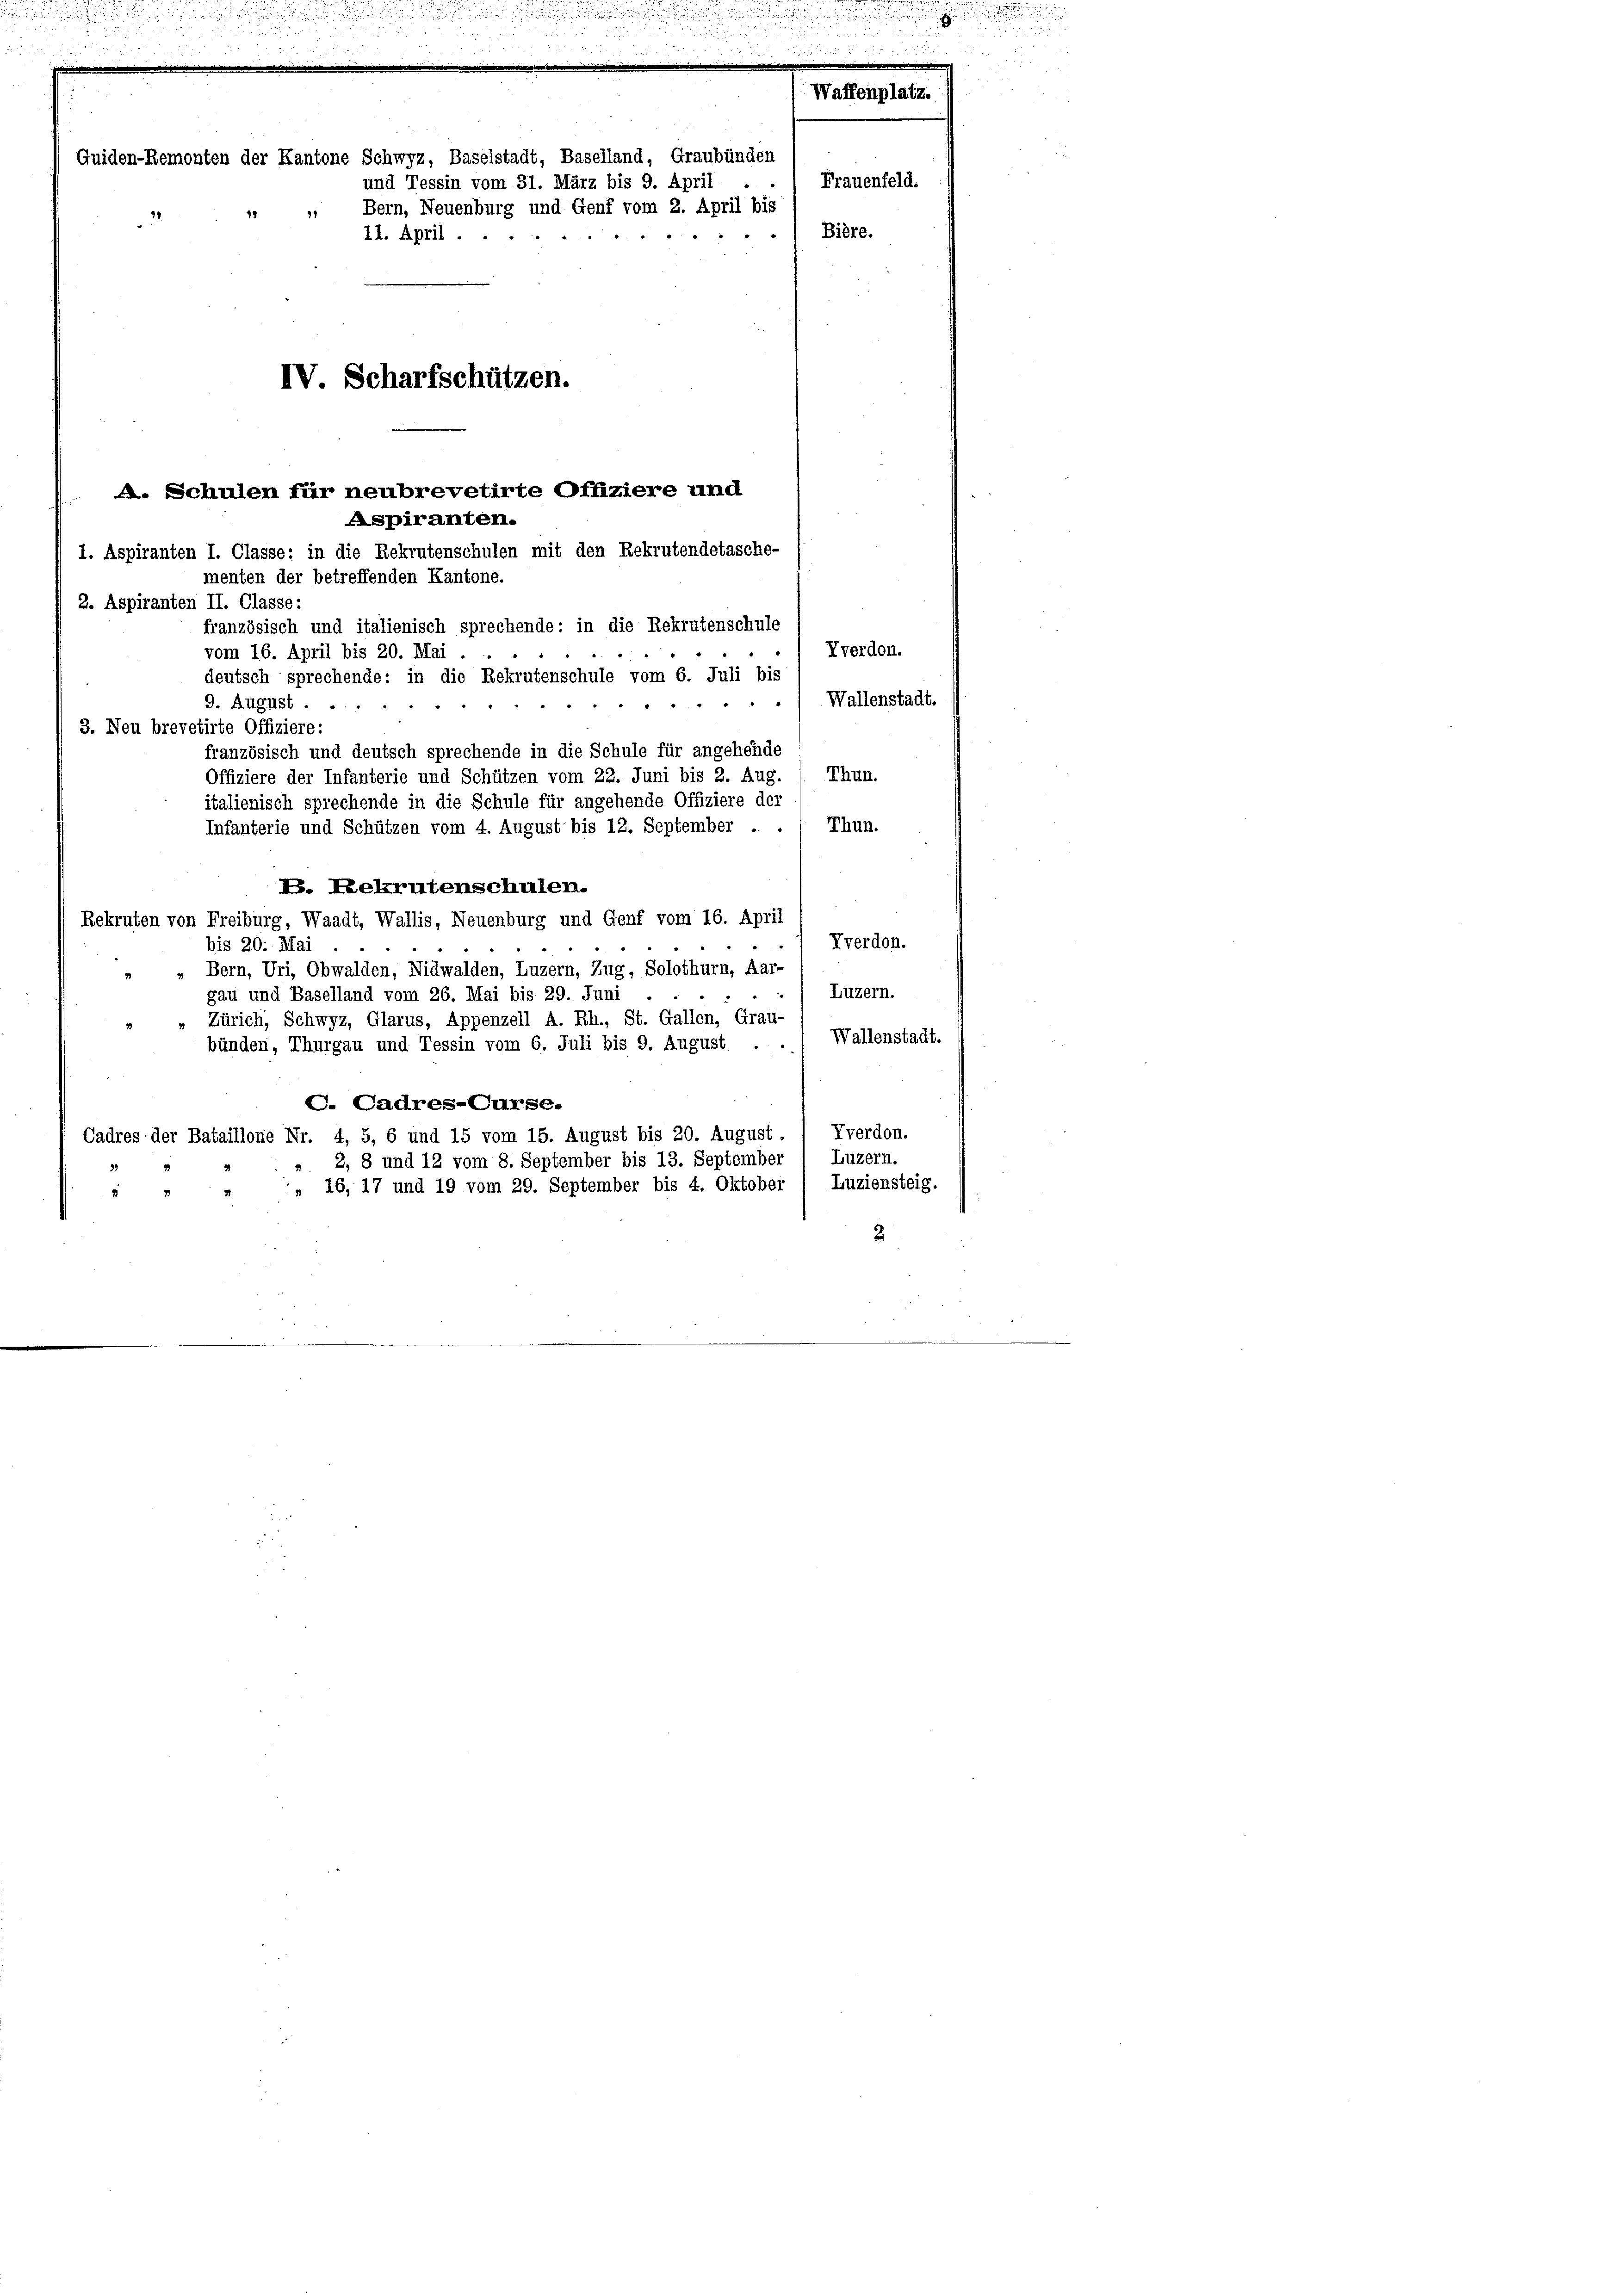
uiden-Remonten der Kantone Schwyz, Baselstadt, Baselland, Graubünden
und Tessin vom 31. März bis 9. April
 Bern, Neuenburg und Genf vom 2. April bis
25
37.
11. April
14
IV. Scharfschützen.
A. Schulen für neubrevetirte Offiziere und
Aspiranten.

1. Aspiranten I. Classe: in die Rekrutenschulen mit den Rekrutendetasche-

Was

Frauenfeld.

Bière.

menten der betreffenden Kantone.
2. Aspiranten II. Classe:
französisch und italienisch sprechende: in die Rekrutenschule
Vverdon.
vom 16. April bis 20. Mai
deutsch sprechende: in die Rekrutenschule vom 6. Juli bis
Wallenstadt.
9. August ..
3. Neu brevetirte Offiziere:
französisch und deutsch sprechende in die Schule für angehende
Thun.
Offiziere der Infanterie und Schützen vom 22. Juni bis 2. Aug.
italienisch sprechende in die Schule für angehende Offiziere der
Thun.
Infanterie und Schützen vom 4. August bis 12. September .
V. Rekrutenschulen.
Rekruten von Freiburg, Waadt, Wallis, Neuenburg und Genf vom 16. April
Tverdon.
bis 20. Mai.
Bern, Uri, Obwalden, Nidwalden, Luzern, Zug, Solothurn, Aar-
Luzern.
gau und Baselland vom 26. Mai bis 29. Juni
Zürich, Schwyz, Glarus, Appenzell A. Rh., St. Gallen, Grau-
bünden, Thurgau und Tessin vom 6. Juli bis 9. August . ..) Wallenstadt.
C. Cadres-Curse.
Vverdon.
Cadres der Bataillone Nr. 4, 5, 6 und 15 vom 15. August bis 20. August.
Luzern.
2, 8 und 12 vom 8. September bis 13. September
" 16, 17 und 19 vom 29. September bis 4. Oktober / Luziensteig.
" " 4
2